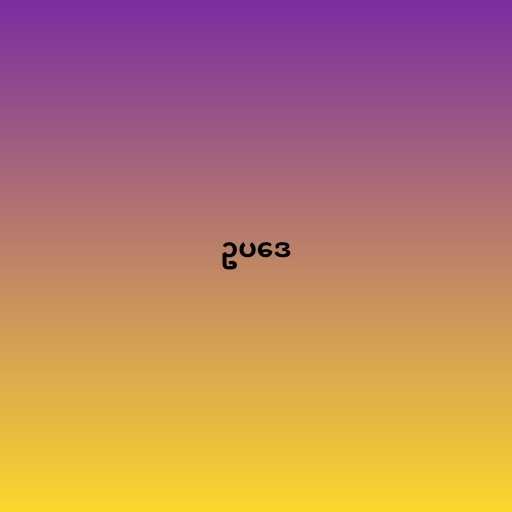
ဥပဒေ